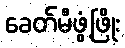
ခေတ်မီဖွံ့ဖြိုး